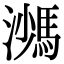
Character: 𩣠